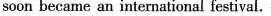
soon became an international festival.